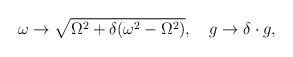
LaTeX: \begin{align*}\omega\rightarrow\sqrt{\Omega^2+\delta(\omega^2-\Omega^2)},\quad g\rightarrow\delta\cdot g,\end{align*}